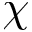
\chi